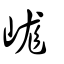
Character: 㟌